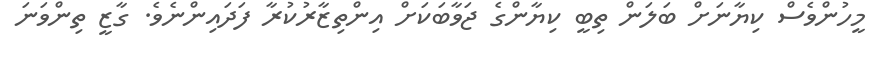
މީހުންވެސް ކިޔާނަށް ބަލަން ތިބީ ކިޔާންގެ ޖަވާބަކަށް އިންތިޒާރުކުރާ ފަދައިންނެވެ. ގާޒީ ތިންވަނަ